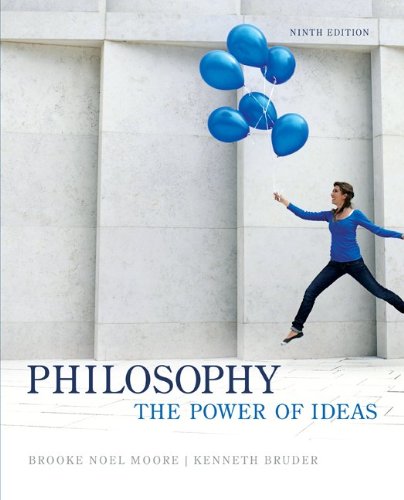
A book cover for Philosophy: The Power of Ideas; Brooke Noel Moore; Politics & Social Sciences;